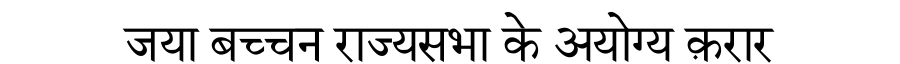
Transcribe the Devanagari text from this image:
जया बच्चन राज्यसभा के अयोग्य क़रार